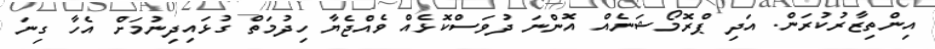
އިންތިޒާރުކުރަން. އަދި ޕްރޮމޯޝަނެއް އޮންނަ ދުވަސްކޮޅެއް ވެއްޖެޔާ ހިދުމަތް ގުޅައިދިނުމަށް އެހާ ގިނަ